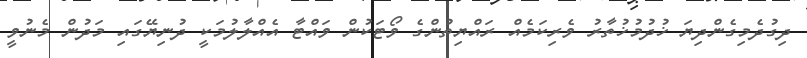
ދިގުދެމިގެންދިޔަ ޚުދުމުޚުތާރު ވެރިކަމެއް ރައްޔިތުންގެ ވޯޓަކުން ވައްޓާ އެއްލާލުމަކީ ދުނިޔޭގައި މަދުން މެނުވީ